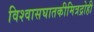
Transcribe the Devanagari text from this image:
विश्वासघातकीमित्रद्रोही